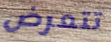
تتعرض